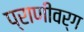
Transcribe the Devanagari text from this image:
प्राणीवर्ग